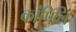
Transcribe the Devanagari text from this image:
कांपिलि